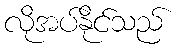
လိုအပ်နိုင်သည်